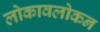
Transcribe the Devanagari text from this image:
लोकावलोकन